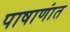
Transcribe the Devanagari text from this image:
पाषाणांत